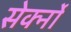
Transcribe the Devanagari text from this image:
सेर्क्नो